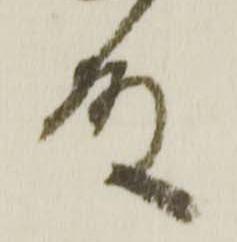
殿